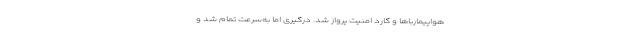
هواپیمارباها و گارد امنیت پرواز شد. درگیری اما به‌سرعت تمام شد و